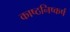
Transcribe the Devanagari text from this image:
काष्ठनिष्कर्ष